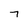
Character: 7